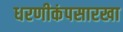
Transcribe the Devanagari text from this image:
धरणीकंपसारखा